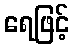
ရေဖြင့်